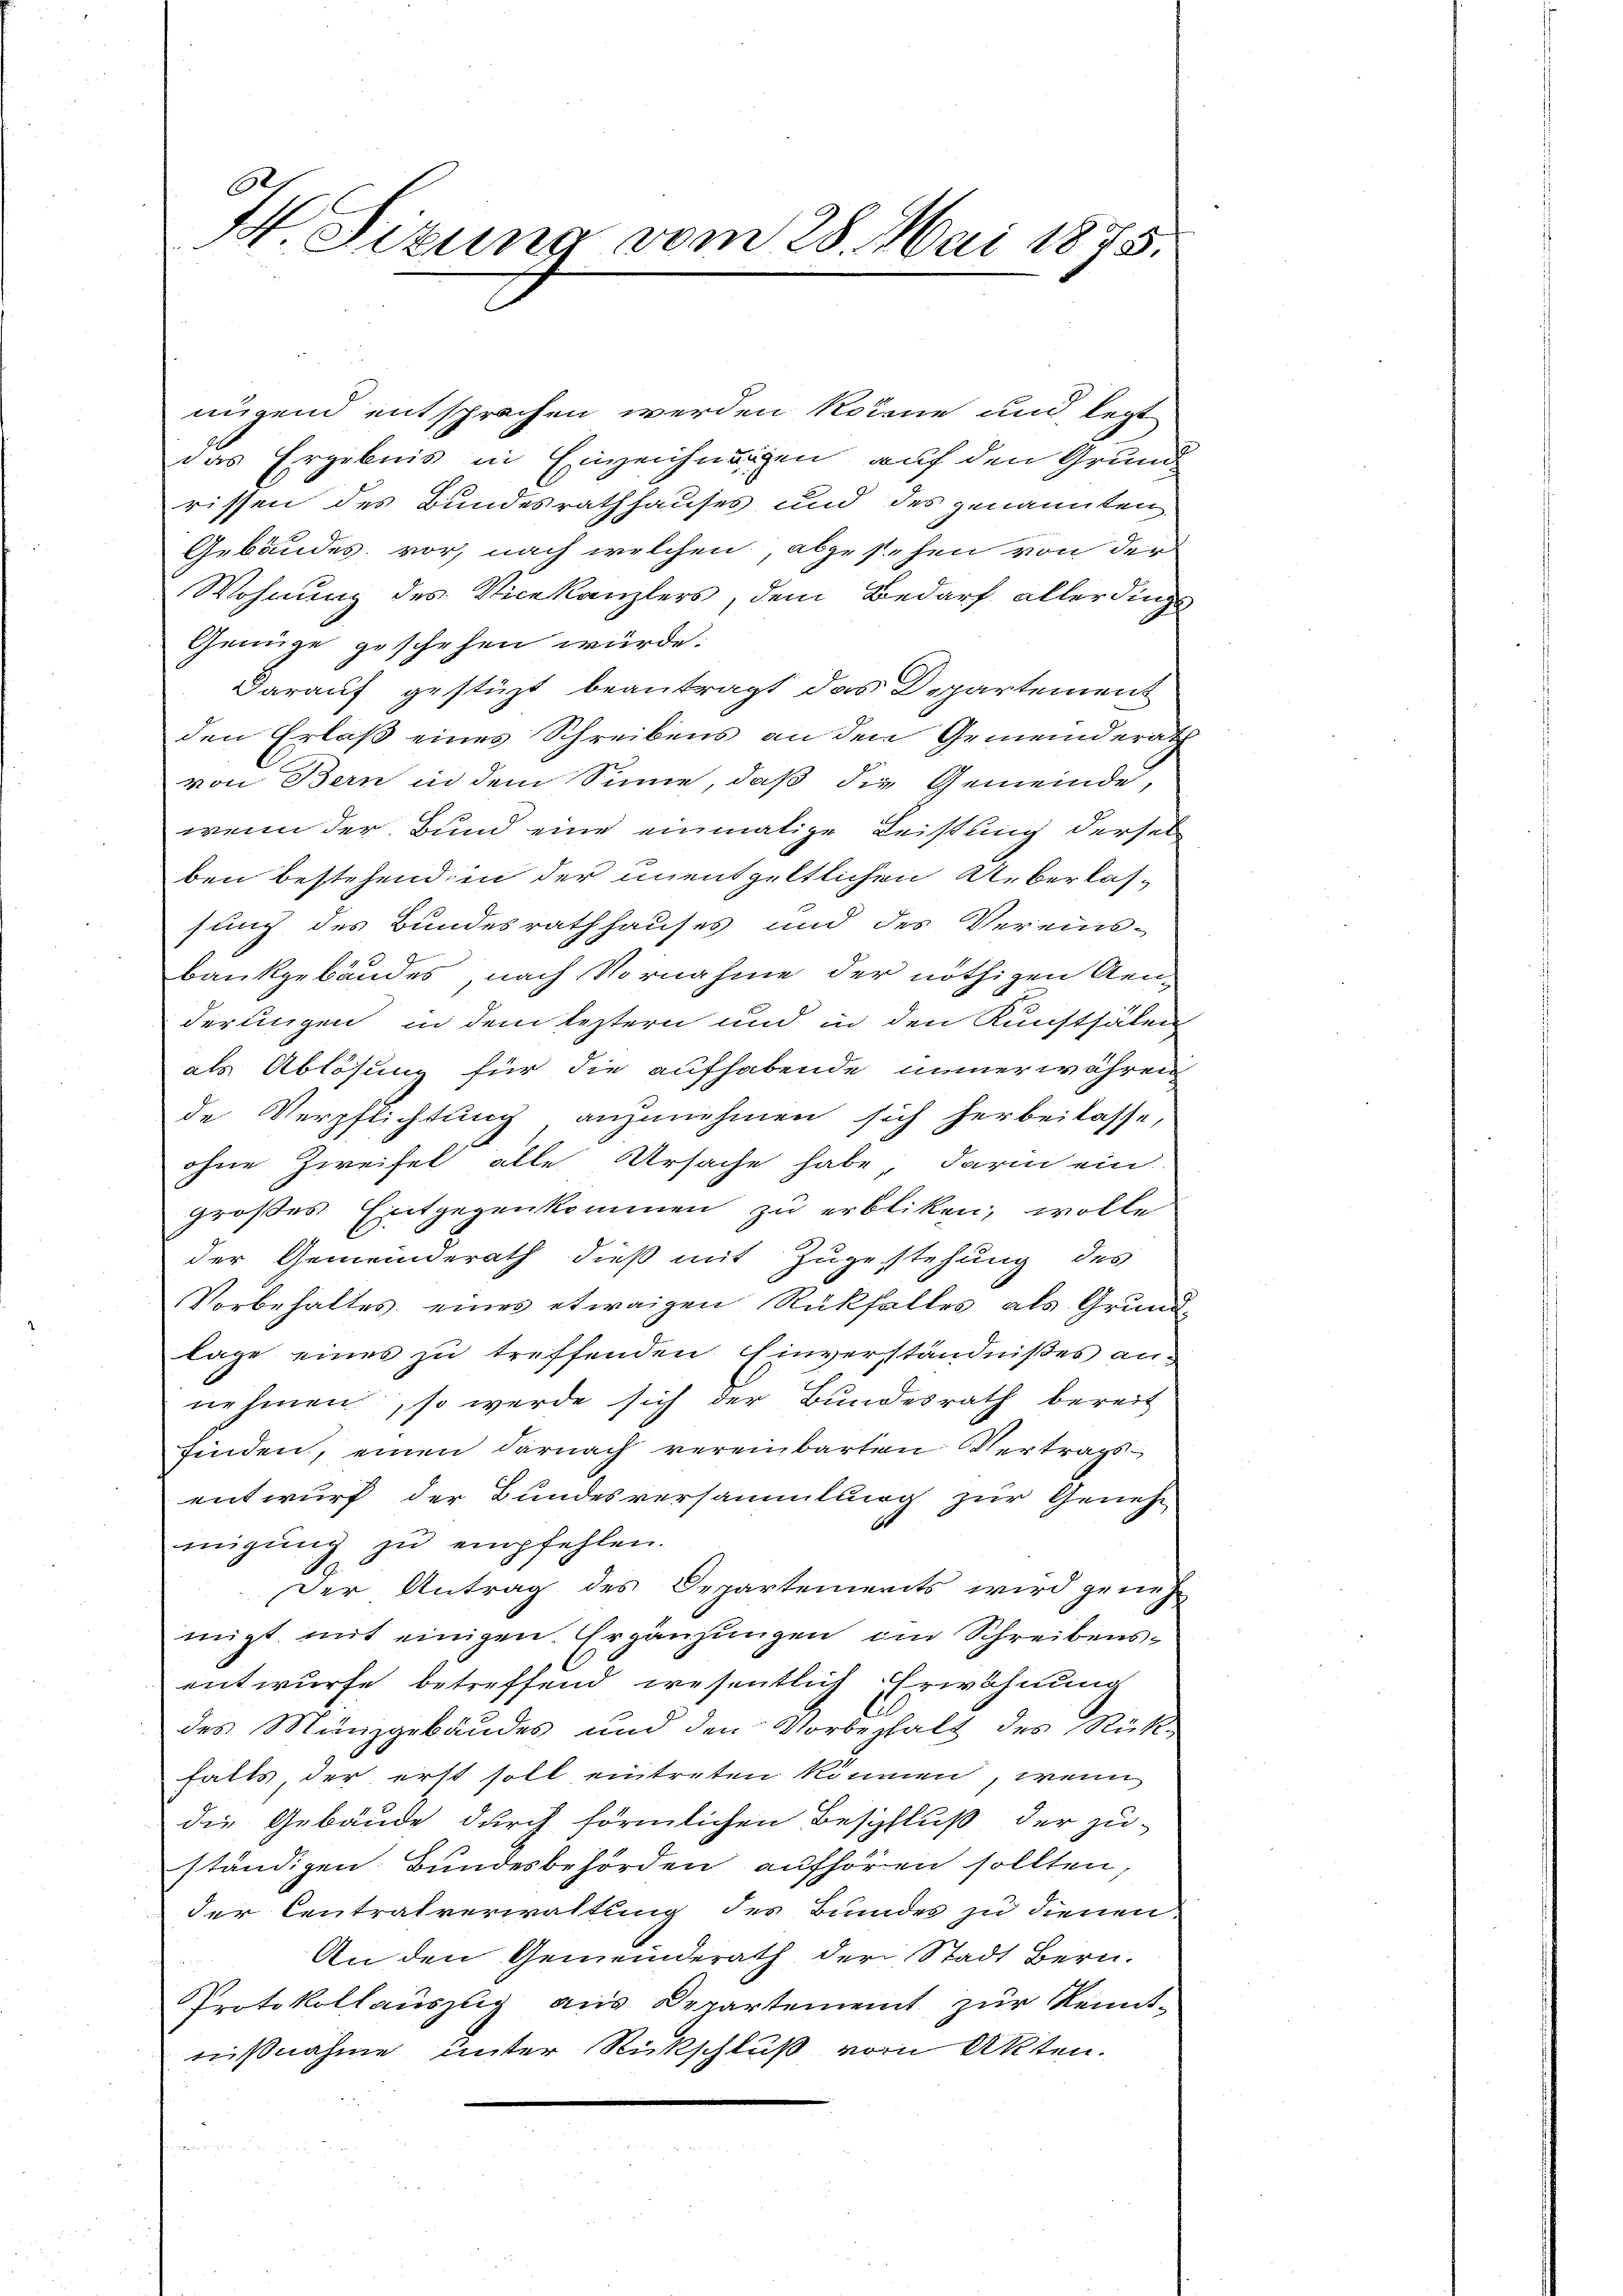
.
H. Sizung vom 28. Mai 1875.

nügend entsprochen werden könne und legt
das Ergebnis in Einzeichnungen, auf den Grund
rissen des Bundesrathhauses und des genannten
Gebäudes vor, nach welchen, abgesehen von der
Wohnung des Vicekanzlers, dem Bedarf allerdings
Genüge geschehen würde.
Darauf gestüzt beantragt das Departement
den Erlaß eines Schreibens an den Gemeinderath
von Bern in dem Sinne, daß die Gemeinde,
wenn der Bund eine einmalige Leistung dersel
ben bestehenden der unentgeltlichen Überlassung des Bundesrathhauses und des Vereins-
Bankgebäudes nach Vornahme der nöthigen Aen-
derungen, in dem leztern und in den Kunsthälen
als Ablösung für die aufhabende immer währen
de Verpflichtung anzunehmen sich herbeilasse,
ohne Zweifel alle Ursache habe, darin ein
großes Entgegenkommen zu erbliken, wolle
der Gemeinderath dieß mit Zugestehung des
Vorbehaltes eines etwaigen Rückfalles als Grund-
lage eines zu treffenden Einverständnißes annehmen, so werde sich der Bundesrath bereit
finden, einen darnach vereinbarten Vertragsentwurf der Bundesversammlung zur Geneh¬
1
migung zu empfehlen.
Der Antrag des Departements wird geneh
migt mit einigen Ergänzungen im Schreibensentwurfe betreffend wesentlich Erwähnung
des Münzgebäudes und den Vorbehalt des Rükfalls der erst soll eintreten können, wenn
die Gebäude durch förmlichen Beschluß der zu-
ständigen. Bundesbehörden aufhören sollten,
der Centralverwaltung des Bundes zu dienen.
An den Gemeinderath der Stadt Bern.
Protokollauszug aus Departement zur Kennt-
nißnahme unter Rückschluß vom Akten.
i